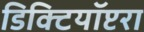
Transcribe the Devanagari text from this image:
डिक्टियॉप्टरा